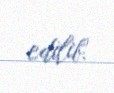
edilib.